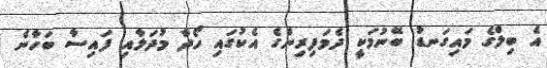
އެ ބިލްގެ މައިގަނޑު ބޭނުމަކީ ދެމަފިރިންގެ އެކުގައި ހޯދާ މުދަލާއި ފައިސާ ބަހާނެ